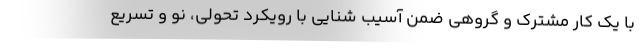
با یک کار مشترک و گروهی ضمن آسیب شنایی با رویکرد تحولی، نو و تسریع